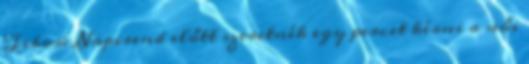
Tibor: Napirend előtt szeretnék egy percet kérni a női